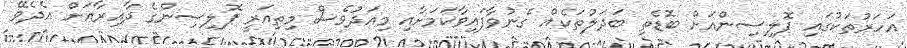
އަހަރުތަކުގައި ޕޮލިސިންއަށް ބޮޑެތި ބަދަލުތަކެއް ގެނުވާފައިވާކަމަށާއި މިއަދުވެސް މިތިއަރީ ޕޮލިސިންގެ ދާއިރާއަށް އެދެވޭ